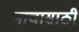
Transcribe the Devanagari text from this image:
नाचासाठी